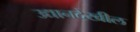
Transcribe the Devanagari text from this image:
उद्यानदेखील